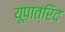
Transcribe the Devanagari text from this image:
यूपात्रिद